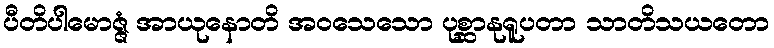
ပီတိပါမောဇ္ဇံ အာယုနောတိ အဝသေသော ပုစ္ဆာနုရူပတာ သာတိသယတော